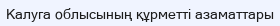
Калуга облысының құрметті азаматтары